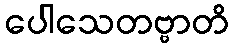
ပေါသေတဗ္ဗာတိ